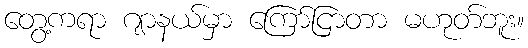
တွေ့ကရာ ဂျာနယ်မှာ ကြော်ငြာတာ မဟုတ်ဘူး။